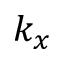
k _ { x }